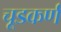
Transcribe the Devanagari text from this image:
चूडकर्ण